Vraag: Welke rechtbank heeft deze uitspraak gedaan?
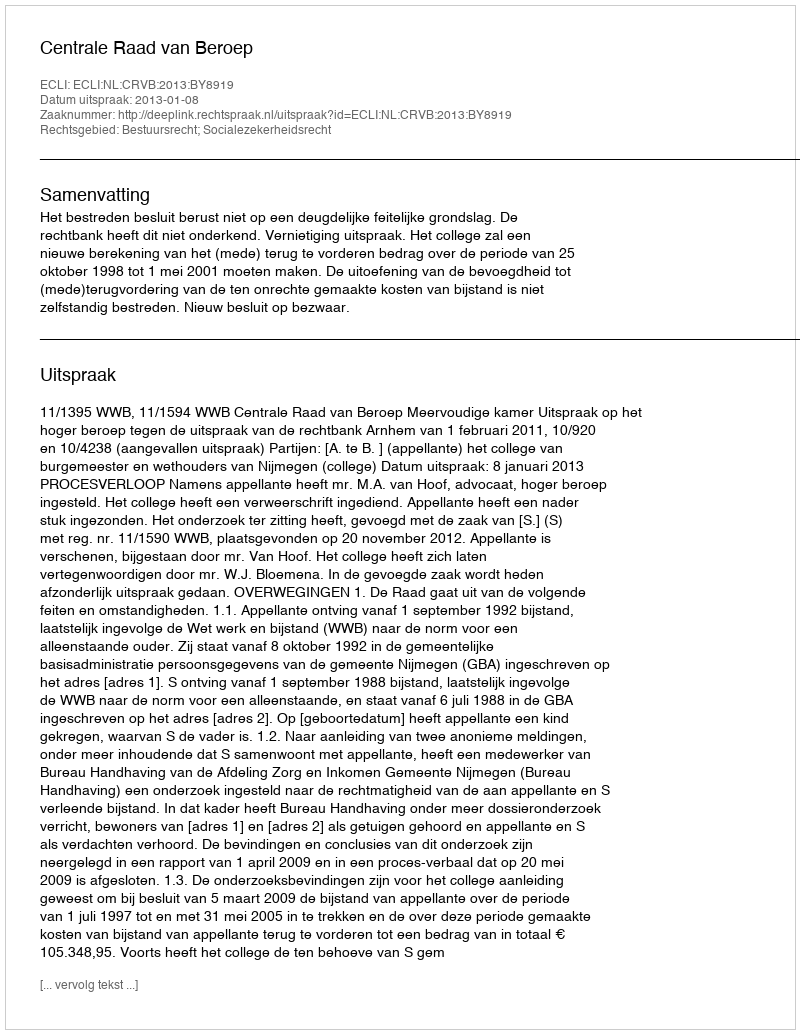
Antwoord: Centrale Raad van Beroep